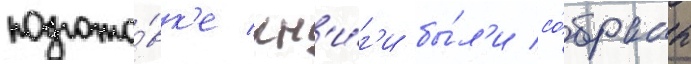
подгото́вк'е кн'и́г'и бы́л'и со́браны